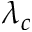
\lambda _ { c }